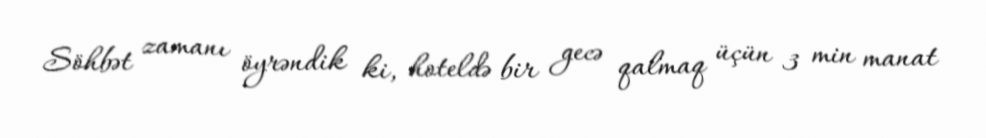
Söhbət zamanı öyrəndik ki, hoteldə bir gecə qalmaq üçün 3 min manat